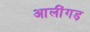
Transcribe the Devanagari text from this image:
आलींगड़